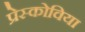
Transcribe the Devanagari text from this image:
प्रेस्कोविया